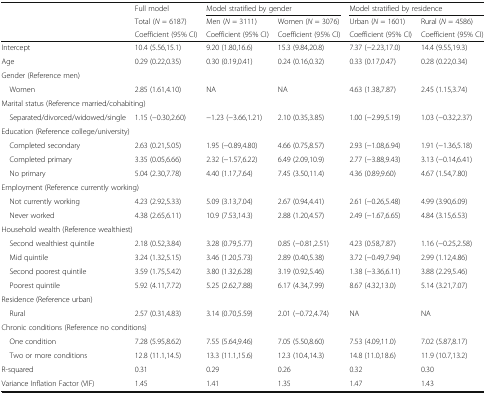
<table><thead><tr><td>[EMPTY_CELL]</td><td><b>Full model</b></td><td colspan="2"><b>Model stratified by gender</b></td><td colspan="2"><b>Model stratified by residence</b></td></tr><tr><td>[EMPTY_CELL]</td><td><b>Total (<i>N</i> = 6187)</b></td><td><b>Men (<i>N</i> = 3111)</b></td><td><b>Women (<i>N</i> = 3076)</b></td><td><b>Urban (<i>N</i> = 1601)</b></td><td><b>Rural (<i>N</i> = 4586)</b></td></tr><tr><td>[EMPTY_CELL]</td><td><b>Coefficient (95% CI)</b></td><td><b>Coefficient (95% CI)</b></td><td><b>Coefficient (95% CI)</b></td><td><b>Coefficient (95% CI)</b></td><td><b>Coefficient (95% CI)</b></td></tr></thead><tbody><tr><td>Intercept</td><td>10.4 (5.56,15.1)</td><td>9.20 (1.80,16.6)</td><td>15.3 (9.84,20.8)</td><td>7.37 (−2.23,17.0)</td><td>14.4 (9.55,19.3)</td></tr><tr><td>Age</td><td>0.29 (0.22,0.35)</td><td>0.30 (0.19,0.41)</td><td>0.24 (0.16,0.32)</td><td>0.33 (0.17,0.47)</td><td>0.28 (0.22,0.34)</td></tr><tr><td colspan="6">Gender (Reference men)</td></tr><tr><td> Women</td><td>2.85 (1.61,4.10)</td><td>NA</td><td>NA</td><td>4.63 (1.38,7.87)</td><td>2.45 (1.15,3.74)</td></tr><tr><td colspan="6">Marital status (Reference married/cohabiting)</td></tr><tr><td> Separated/divorced/widowed/single</td><td>1.15 (−0.30,2.60)</td><td>−1.23 (−3.66,1.21)</td><td>2.10 (0.35,3.85)</td><td>1.00 (−2.99,5.19)</td><td>1.03 (−0.32,2.37)</td></tr><tr><td colspan="6">Education (Reference college/university)</td></tr><tr><td> Completed secondary</td><td>2.63 (0.21,5.05)</td><td>1.95 (−0.89,4.80)</td><td>4.66 (0.75,8.57)</td><td>2.93 (−1.08,6.94)</td><td>1.91 (−1.36,5.18)</td></tr><tr><td> Completed primary</td><td>3.35 (0.05,6.66)</td><td>2.32 (−1.57,6.22)</td><td>6.49 (2.09,10.9)</td><td>2.77 (−3.88,9.43)</td><td>3.13 (−0.14,6.41)</td></tr><tr><td> No primary</td><td>5.04 (2.30,7.78)</td><td>4.40 (1.17,7.64)</td><td>7.45 (3.50,11.4)</td><td>4.36 (0.89,9.60)</td><td>4.67 (1.54,7.80)</td></tr><tr><td colspan="6">Employment (Reference currently working)</td></tr><tr><td> Not currently working</td><td>4.23 (2.92,5.33)</td><td>5.09 (3.13,7.04)</td><td>2.67 (0.94,4.41)</td><td>2.61 (−0.26,5.48)</td><td>4.99 (3.90,6.09)</td></tr><tr><td> Never worked</td><td>4.38 (2.65,6.11)</td><td>10.9 (7.53,14.3)</td><td>2.88 (1.20,4.57)</td><td>2.49 (−1.67,6.65)</td><td>4.84 (3.15,6.53)</td></tr><tr><td colspan="6">Household wealth (Reference wealthiest)</td></tr><tr><td> Second wealthiest quintile</td><td>2.18 (0.52,3.84)</td><td>3.28 (0.79,5.77)</td><td>0.85 (−0.81,2.51)</td><td>4.23 (0.58,7.87)</td><td>1.16 (−0.25,2.58)</td></tr><tr><td> Mid quintile</td><td>3.24 (1.32,5.15)</td><td>3.46 (1.20,5.73)</td><td>2.89 (0.40,5.38)</td><td>3.72 (−0.49,7.94)</td><td>2.99 (1.12,4.86)</td></tr><tr><td> Second poorest quintile</td><td>3.59 (1.75,5.42)</td><td>3.80 (1.32,6.28)</td><td>3.19 (0.92,5.46)</td><td>1.38 (−3.36,6.11)</td><td>3.88 (2.29,5.46)</td></tr><tr><td> Poorest quintile</td><td>5.92 (4.11,7.72)</td><td>5.25 (2.62,7.88)</td><td>6.17 (4.34,7.99)</td><td>8.67 (4.32,13.0)</td><td>5.14 (3.21,7.07)</td></tr><tr><td colspan="6">Residence (Reference urban)</td></tr><tr><td> Rural</td><td>2.57 (0.31,4.83)</td><td>3.14 (0.70,5.59)</td><td>2.01 (−0.72,4.74)</td><td>NA</td><td>NA</td></tr><tr><td colspan="6">Chronic conditions (Reference no conditions)</td></tr><tr><td> One condition</td><td>7.28 (5.95,8.62)</td><td>7.55 (5.64,9.46)</td><td>7.05 (5.50,8.60)</td><td>7.53 (4.09,11.0)</td><td>7.02 (5.87,8.17)</td></tr><tr><td> Two or more conditions</td><td>12.8 (11.1,14.5)</td><td>13.3 (11.1,15.6)</td><td>12.3 (10.4,14.3)</td><td>14.8 (11.0,18.6)</td><td>11.9 (10.7,13.2)</td></tr><tr><td>R-squared</td><td>0.31</td><td>0.29</td><td>0.26</td><td>0.32</td><td>0.30</td></tr><tr><td>Variance Inflation Factor (VIF)</td><td>1.45</td><td>1.41</td><td>1.35</td><td>1.47</td><td>1.43</td></tr></tbody></table>